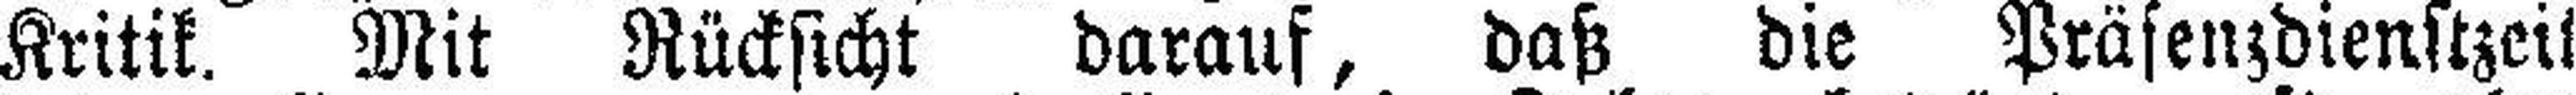
Kritik. Mit Rücksicht darauf, daß die Präsenzdienstzeit